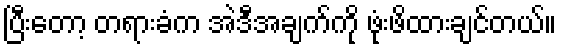
ပြီးတော့ တရားခံက အဲဒီအချက်ကို ဖုံးဖိထားချင်တယ်။